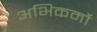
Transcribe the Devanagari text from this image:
अभिकर्मो